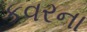
કવરના